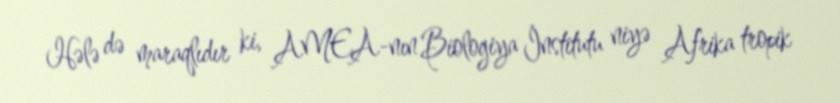
Hələ də maraqlıdır ki, AMEA-nın Biologiya İnstitutu niyə Afrika tropik